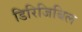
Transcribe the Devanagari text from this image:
डिरिजिबिल